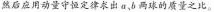
然后应用动量守恒定律求出 a，b 两球的质量之比。